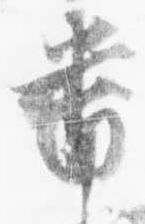
蕃